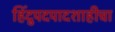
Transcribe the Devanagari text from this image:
हिंदुपदपादशाहीचा